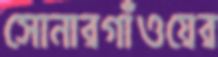
সোনারগাঁওয়ের